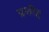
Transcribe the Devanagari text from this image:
प्रशीद्द